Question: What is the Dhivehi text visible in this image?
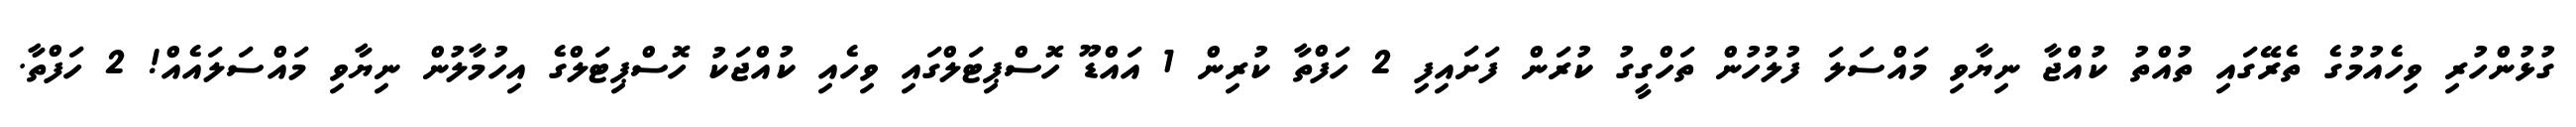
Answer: ގުޅުންހުރި ވިހެއުމުގެ ތެރޭގައި ތުއްތު ކުއްޖާ ނިޔާވި މައްސަލަ ފުލުހުން ތަހްގީގު ކުރަން ފަށައިފި 2 ހަފްތާ ކުރިން 1 އައްޑޫ ހޮސްޕިޓަލްގައި ވިހެއި ކުއްޖަކު ހޮސްޕިޓަލްގެ އިހުމާލުން ނިޔާވި މައްސަލައެއް! 2 ހަފްތާ.